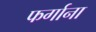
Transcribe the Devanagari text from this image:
फर्गाना